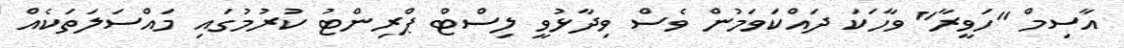
އާސިމް "ހަވީރާ" ވާހަކަ ދައްކަވަމުން ވެސް ވިދާޅުވީ ލިސްޓް ޕްރިންޓު ކުރުމުގައި މައްސަލަތަކެއް